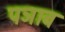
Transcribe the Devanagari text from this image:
पञाब